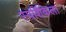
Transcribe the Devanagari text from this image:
स्पर्शिकेला